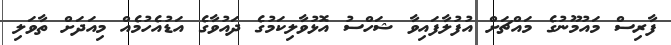
ފާރިސް މައުމޫނުގެ މައްޗަށް އުފުލާފައިވާ ޝަހްސު އޮޅުވާލިކަމުގެ ދައުވާގެ އަޑުއެހުމެއް މިއަދަށް ތާވަލި